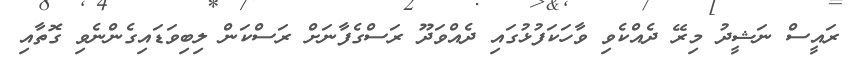
ރައީސް ނަޝީދު މިރޭ ދެއްކެވި ވާހަކަފުޅުގައި ދެއްވަދޫ ރަސްގެފާނަށް ރަސްކަން ލިބިވަޑައިގެންނެވި ގޮތާއި